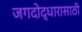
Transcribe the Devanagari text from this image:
जगदोद्धारासाठी